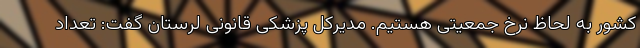
کشور به لحاظ نرخ جمعیتی هستیم. مدیرکل پزشکی قانونی لرستان گفت: تعداد